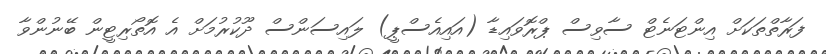
ފަރާތްތަކަށް އިންޓަނެޓް ސާވިސް ޕްރޮވައިޑާ (އައިއެސްޕީ) ލައިސަންސް ދޫކުރުމަށް އެ އޮތޯރިޓީން ބޭނުންވާ